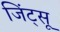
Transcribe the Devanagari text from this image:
जिंट्सू